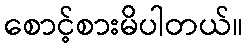
စောင့်စားမိပါတယ်။